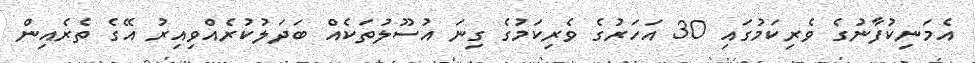
އެމަނިކުފާނުގެ ވެރިކަމުގައި 30 އަހަރުގެ ވެރިކަމުގެ ގިނަ އުސޫލުތަކެއް ބަދަލުކުރެއްވިއިރު އޭގެ ތެރެއިން